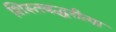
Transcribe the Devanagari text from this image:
शिस्तबद्धरीत्या